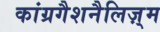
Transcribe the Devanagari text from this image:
कांग्रगैशनैलिज़्म